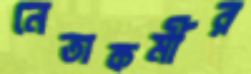
নেতাকর্মীর